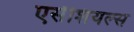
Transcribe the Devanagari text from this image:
एसेंशियल्स